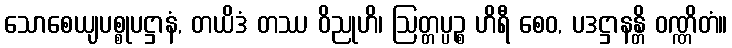
သောစေယျပစ္စုပဋ္ဌာနံ, တယိဒံ တဿ ဝိညုဟိ၊ ဩတ္တပ္ပဉ္စ ဟိရီ စေဝ, ပဒဋ္ဌာနန္တိ ဝဏ္ဏိတံ။